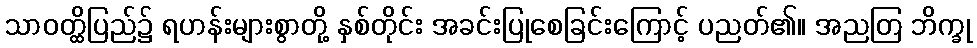
သာဝတ္ထိပြည်၌ ရဟန်းများစွာတို့ နှစ်တိုင်း အခင်းပြုစေခြင်းကြောင့် ပညတ်၏။ အညတြ ဘိက္ခု